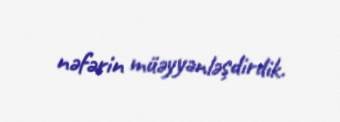
nəfərin müəyyənləşdirdik.